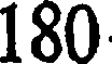
180